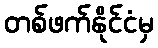
တစ်ဖက်နိုင်ငံမှ